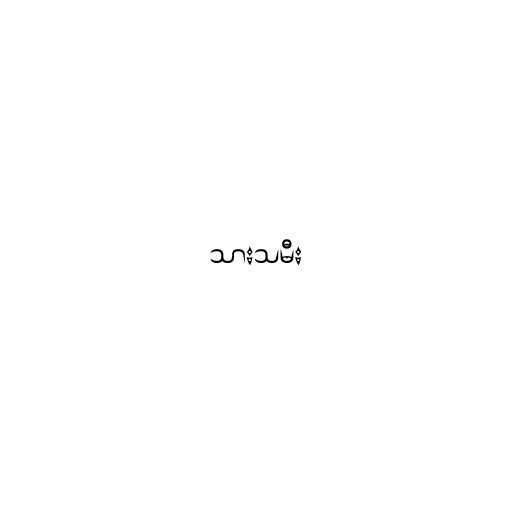
သားသမီး